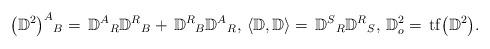
LaTeX: \begin{align*} \big({\mathbb D}^2\big)^{A}{}_{B} = \,{\mathbb D}^{A}{}_{R}{\mathbb D}^{R}{}_{B} + \,{\mathbb D}^{R}{}_{B}{\mathbb D}^{A}{}_{R},\, \langle {\mathbb D}, {\mathbb D} \rangle = \,{\mathbb D}^{S}{}_{R}{\mathbb D}^{R}{}_{S},\, {\mathbb D}^2_o = \, \mathrm{tf}\big({\mathbb D}^2\big).\end{align*}